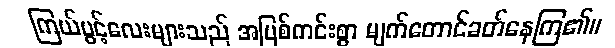
ကြယ်ပွင့်လေးများသည် အပြစ်ကင်းစွာ မျက်တောင်ခတ်နေကြ၏။